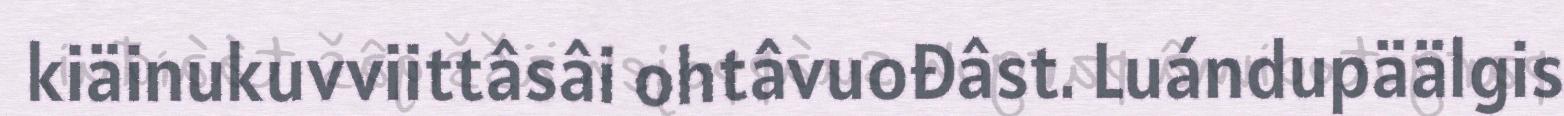
kiäinukuvviittâsâi ohtâvuođâst. Luándupäälgis